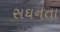
સઘનતા